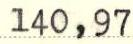
140,97